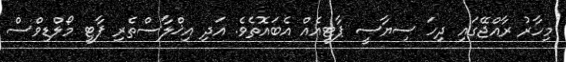
މިހާރު ރާއްޖޭގައި ދިހަ ސިޔާސީ ޕާޓީއެއް އެބައޮތެވެ. އަދި އިޚްލާސްތެރި ޕާޓީ މޯލްޑިވްސް